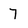
Character: 7